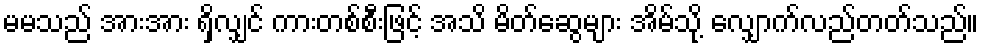
မမသည် အားအား ရှိလျှင် ကားတစ်စီးဖြင့် အသိ မိတ်ဆွေများ အိမ်သို့ လျှောက်လည်တတ်သည်။